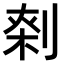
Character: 𠝱